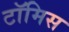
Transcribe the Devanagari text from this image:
टॉमिस